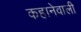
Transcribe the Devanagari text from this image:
कहानेवाली